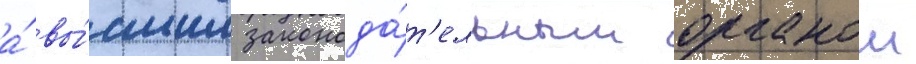
а́ вы́сшим законода́т'ельным органом